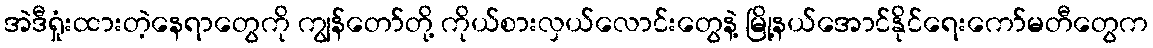
အဲဒီရှုံးထားတဲ့နေရာတွေကို ကျွန်တော်တို့ ကိုယ်စားလှယ်လောင်းတွေနဲ့ မြို့နယ်အောင်နိုင်ရေးကော်မတီတွေက